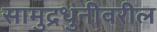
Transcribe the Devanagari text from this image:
सामुद्रधुनीवरील